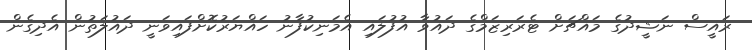
ރައީސް ނަޝީދުގެ މައްޗަށް ޓެރަރިޒަމްގެ ދައުވާ އުފުލައި އެމަނިކުފާނު ހައްޔަރުކޮށްފައިވަނީ ދައުލަތުން އެދިގެން